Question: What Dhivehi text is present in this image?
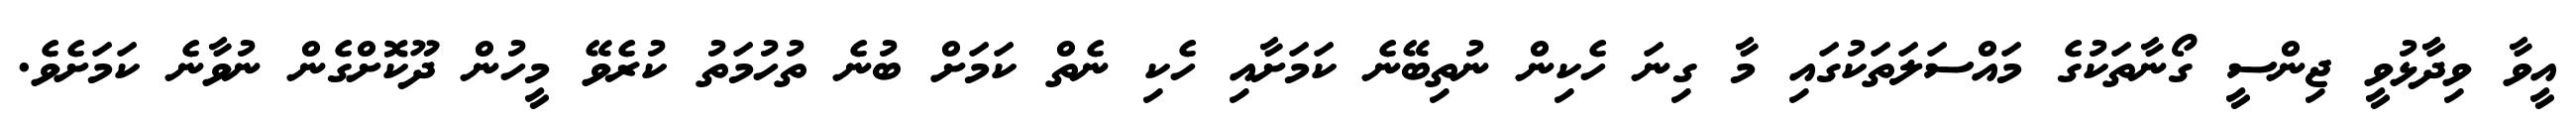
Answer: އީވާ ވިދާާޅުވީ ޖިންސީ ގޯނާތަކުގެ މައްސަލަތަކުގައި މާ ގިނަ ހެކިން ނުތިބޭނެ ކަމަށާއި ހެކި ނެތް ކަމަށް ބުނެ ތުހުމަތު ކުރެވޭ މީހުން ދޫކޮށްގެން ނުވާނެ ކަމަށެވެ.